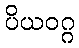
ပိယဝဂ္ဂ